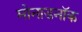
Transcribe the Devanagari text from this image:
मोनाडनॉक